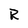
Character: R